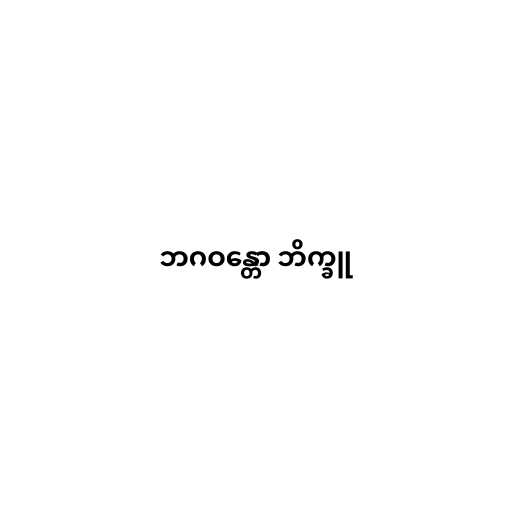
ဘဂဝန္တော ဘိက္ခူ